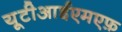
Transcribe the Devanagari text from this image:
यूटीआईएमएफ़